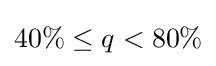
40\%\leq q<80\%